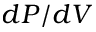
d P / d V